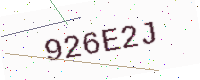
Text: 926E2J